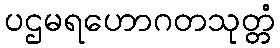
ပဌမရဟောဂတသုတ္တံ